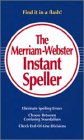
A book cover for The Merriam-Webster Instant Speller; Merriam-Webster; Reference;